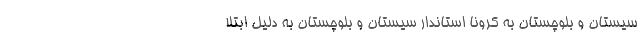
سیستان و بلوچستان به کرونا استاندار سیستان و بلوچستان به دلیل ابتلا